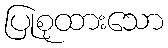
ပြုစုထားသော